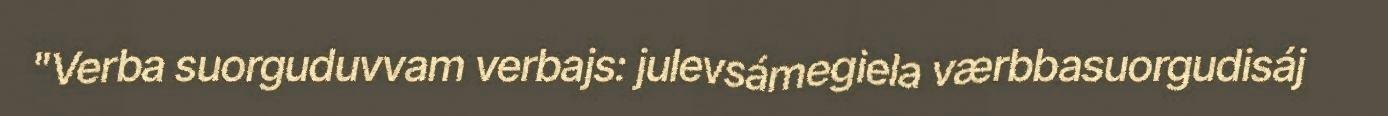
"Verba suorguduvvam verbajs: julevsámegiela værbbasuorgudisáj